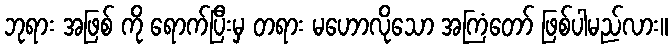
ဘုရား အဖြစ် ကို ရောက်ပြီးမှ တရား မဟောလိုသော အကြံတော် ဖြစ်ပါမည်လား။